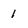
Character: 1